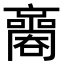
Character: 𡃬